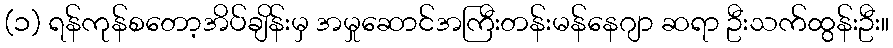
(၁) ရန်ကုန်စတော့အိပ်ချိန်းမှ အမှုဆောင်အကြီးတန်းမန်နေဂျာ ဆရာ ဦးသက်ထွန်းဦး။